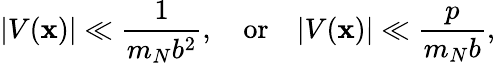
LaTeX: |V(\mathbf{x})|\ll\frac{{1}}{{m_{N}b^{2}}},\quad\mathrm{{or}}\quad|V(\mathbf{x})|\ll\frac{{p}}{{m_{N}b}},